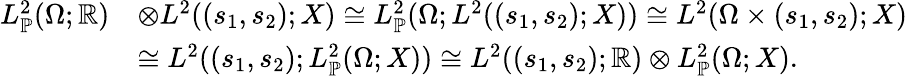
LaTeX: \begin{array}{rl}{L_{\mathbb{P}}^{2}(\Omega;\mathbb{R})}&{\otimes L^{2}((s_{1},s_{2});X)\cong L_{\mathbb{P}}^{2}(\Omega;L^{2}((s_{1},s_{2});X))\cong L^{2}(\Omega\times(s_{1},s_{2});X)}\\ &{\cong L^{2}((s_{1},s_{2});L_{\mathbb{P}}^{2}(\Omega;X))\cong L^{2}((s_{1},s_{2});\mathbb{R})\otimes L_{\mathbb{P}}^{2}(\Omega;X).}\end{array}